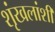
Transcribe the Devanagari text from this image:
शृंखलांशी